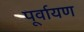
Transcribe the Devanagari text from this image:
पूर्वायण